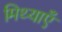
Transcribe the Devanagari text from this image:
मिथ्याएँ